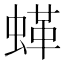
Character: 𱿲